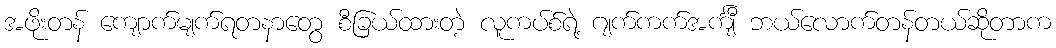
အဖိုးတန် ကျောက်မျက်ရတနာတွေ စီခြယ်ထားတဲ့ လူကပ်စ်ရဲ့ ဂျက်ကက်အင်္ကျီ ဘယ်လောက်တန်တယ်ဆိုတာက